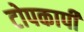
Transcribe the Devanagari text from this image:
टोपकापी